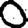
Digit: 0